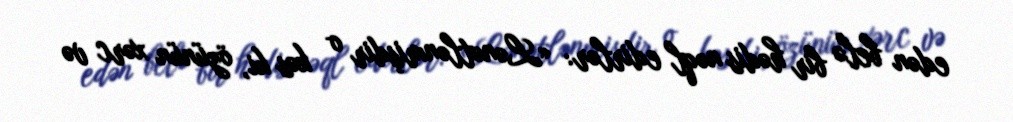
edən belə bir hədis nəql edirlər: «Lənətlənmişdir o kəs ki, özünün xərc və